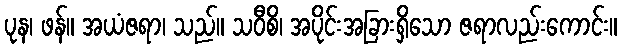
ပုန၊ ဖန်။ အယံဇရာ၊ သည်။ သဝီစိ၊ အပိုင်းအခြားရှိသော ဇရာလည်းကောင်း။